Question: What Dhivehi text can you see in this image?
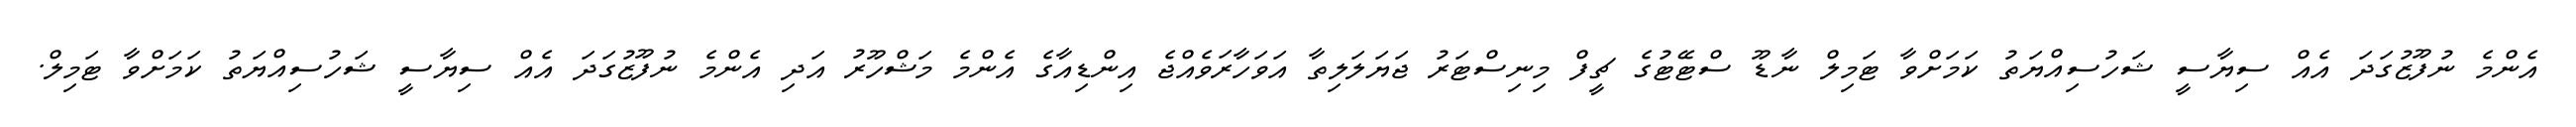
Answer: އެންމެ ނުފޫޒުގަދަ އެއް ސިޔާސީ ޝަހުސިއްޔަތު ކަމަށްވާ ޓަމިލް ނާޑޫ ސްޓޭޓުގެ ޗީފް މިނިސްޓަރު ޖަޔަލަލިތާ އަވަހާރަވެއްޖެ އިންޑިއާގެ އެންމެ މަޝްހޫރު އަދި އެންމެ ނުފޫޒުގަދަ އެއް ސިޔާސީ ޝަހުސިއްޔަތު ކަމަށްވާ ޓަމިލް.